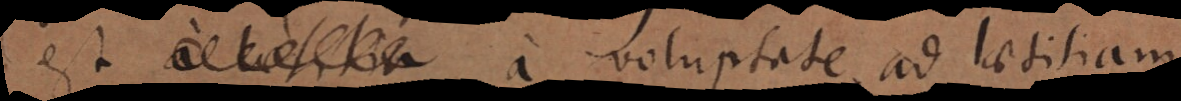
est a laetitia voluptate ad laetitiam,